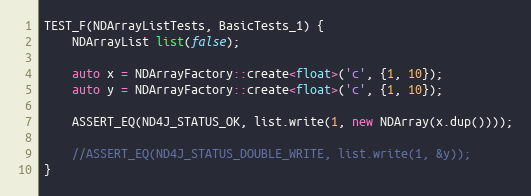
Language: C++
TEST_F(NDArrayListTests, BasicTests_1) {
    NDArrayList list(false);

    auto x = NDArrayFactory::create<float>('c', {1, 10});
    auto y = NDArrayFactory::create<float>('c', {1, 10});

    ASSERT_EQ(ND4J_STATUS_OK, list.write(1, new NDArray(x.dup())));

    //ASSERT_EQ(ND4J_STATUS_DOUBLE_WRITE, list.write(1, &y));
}